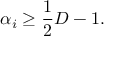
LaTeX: \alpha _ { i } \geq \frac { 1 } { 2 } D - 1 .